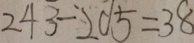
2 4 3 - 2 0 5 = 3 8